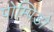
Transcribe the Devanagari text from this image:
पोम्पिडो